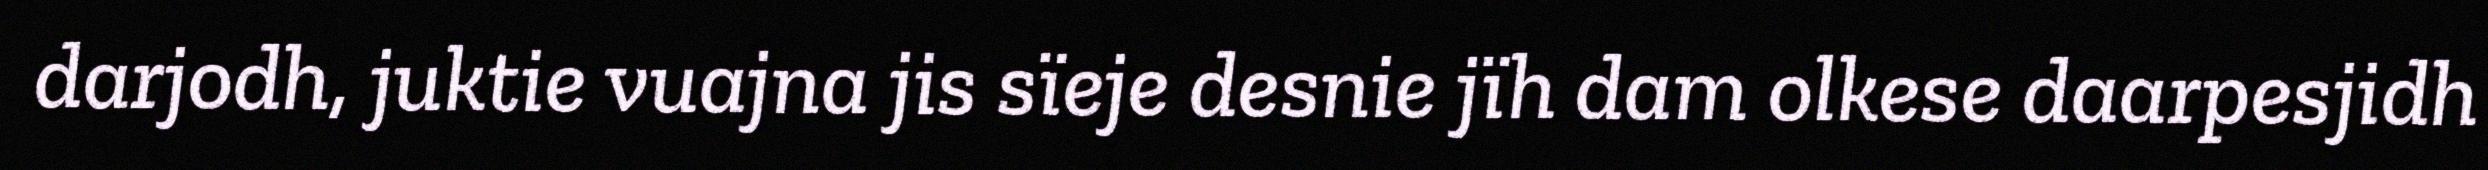
darjodh, juktie vuajna jis sïeje desnie jïh dam olkese daarpesjidh